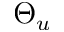
\Theta _ { u }